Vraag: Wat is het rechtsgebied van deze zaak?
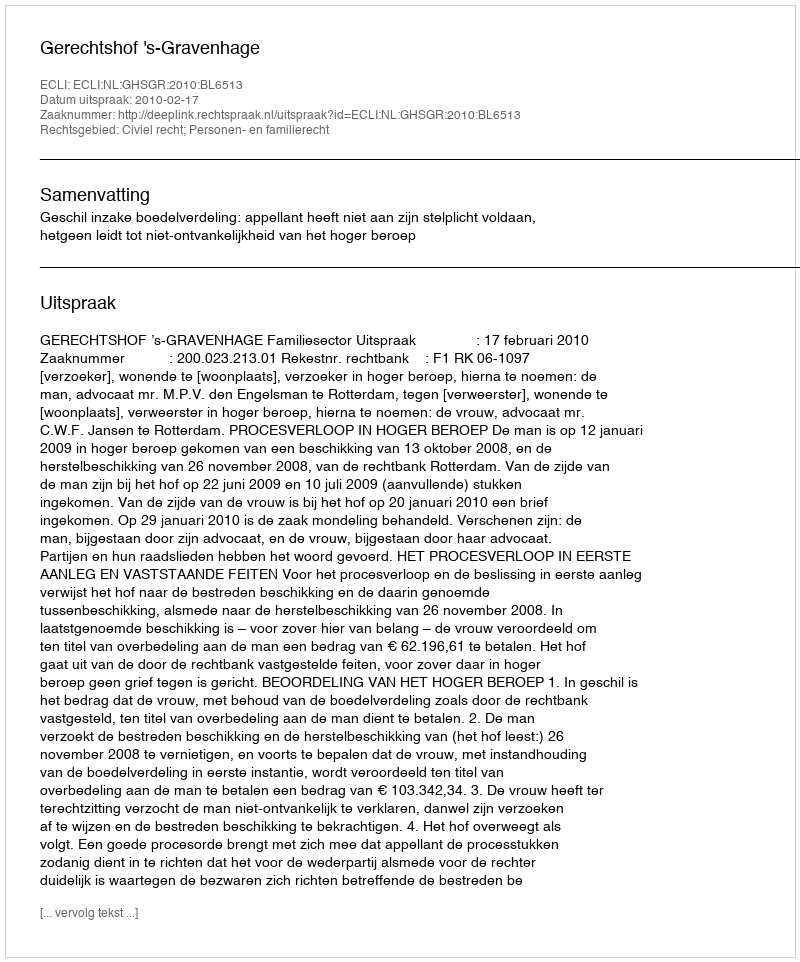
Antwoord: Civiel recht; Personen- en familierecht